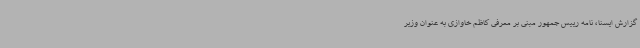
گزارش ایسنا، نامه رییس جمهور مبنی بر معرفی کاظم خاوازی به عنوان وزیر